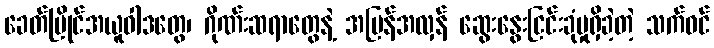
ခေတ်ပြိုင်အယူဝါဒတွေ၊ ဂိုဏ်းဆရာတွေနဲ့ အပြန်အလှန် ဆွေးနွေးငြင်းခုံမှုရှိခဲ့တဲ့ သက်ဝင်